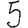
Digit: 5